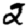
Digit: 2